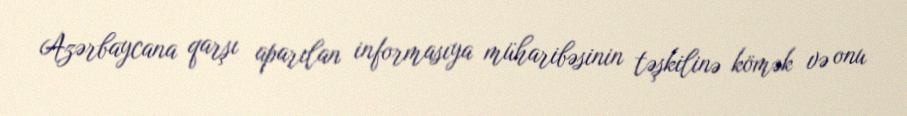
Azərbaycana qarşı aparılan informasıya müharibəsinin təşkilinə kömək və onu